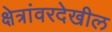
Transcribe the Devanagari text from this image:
क्षेत्रांवरदेखील